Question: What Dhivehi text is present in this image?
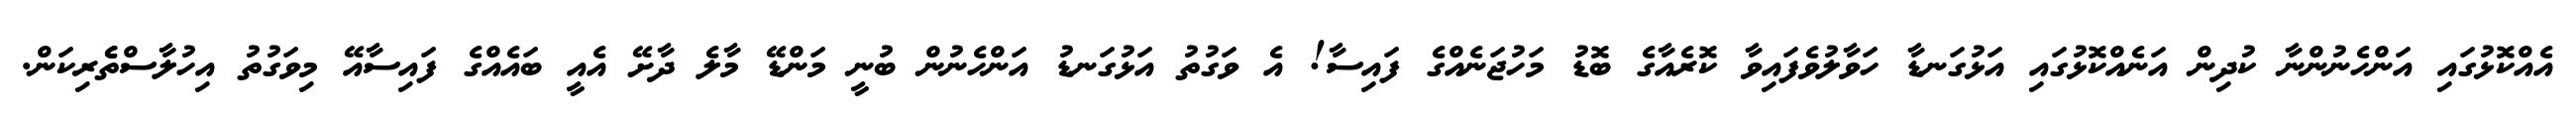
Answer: އެއްކޮޅުގައި އަންހެނުންނާ ކުދިން އަނެއްކޮޅުގައި އަޅުގަނޑާ ހަވާލުވެފައިވާ ކޮރެއާގެ ބޮޑު މަހުޖަނެއްގެ ފައިސާ! އެ ވަގުތު އަޅުގަނޑު އަންހެނުން ބުނީ މަންޑޭ މާލެ ދާށޭ އެއީ ބައެއްގެ ފައިސާއޭ މިވަގުތު އިހުލާސްތެެރިކަން.